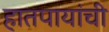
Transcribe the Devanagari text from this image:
हातपायांची